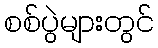
စစ်ပွဲများတွင်